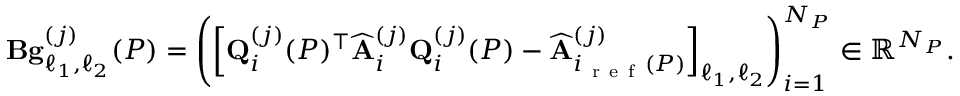
\mathbf { B } \mathbf { g } _ { \ell _ { 1 } , \ell _ { 2 } } ^ { ( j ) } ( P ) = \left( \left[ \mathbf { Q } _ { i } ^ { ( j ) } ( P ) ^ { \top } \widehat { \mathbf { A } } _ { i } ^ { ( j ) } \mathbf { Q } _ { i } ^ { ( j ) } ( P ) - \widehat { \mathbf { A } } _ { i _ { \mathrm { ~ r ~ e ~ f ~ } } ( P ) } ^ { ( j ) } \right] _ { \ell _ { 1 } , \ell _ { 2 } } \right) _ { i = 1 } ^ { N _ { P } } \in \mathbb { R } ^ { N _ { P } } .